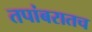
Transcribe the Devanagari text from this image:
तपांबरातच